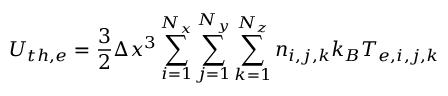
U _ { t h , e } = \frac { 3 } { 2 } \Delta x ^ { 3 } \sum _ { i = 1 } ^ { N _ { x } } \sum _ { j = 1 } ^ { N _ { y } } \sum _ { k = 1 } ^ { N _ { z } } n _ { i , j , k } k _ { B } T _ { e , i , j , k }